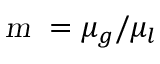
\textsl { m } = \mu _ { g } / \mu _ { l }